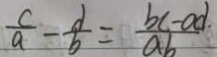
\frac { c } { a } - \frac { d } { b } = \frac { b c - a d . } { a b }